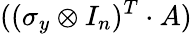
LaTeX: ((\sigma_{y}\otimes I_{n})^{T}\cdot A)